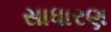
સાધારણ